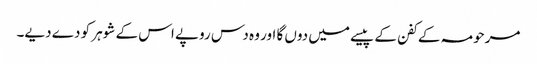
مرحومہ کے کفن کے پیسے میں دوں گا اور وہ دس روپے اس کے شوہر کو دے دیے۔